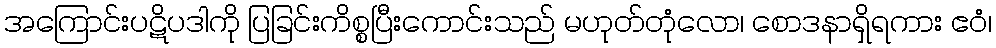
အကြောင်းပဋိပဒါကို ပြခြင်းကိစ္စပြီးကောင်းသည် မဟုတ်တုံလော၊ စောဒနာရှိရကား ဧဝံ၊